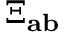
\Xi _ { \mathbf { a b } }